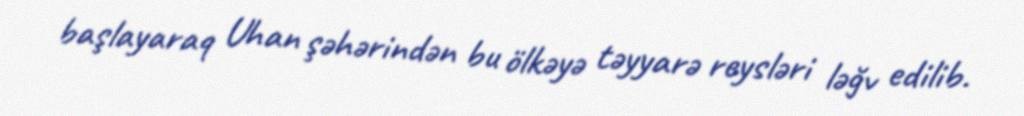
başlayaraq Uhan şəhərindən bu ölkəyə təyyarə reysləri ləğv edilib.